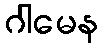
ဂါမေန